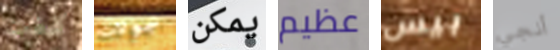
كنت جولات يمكن عظيم بيس أنجي